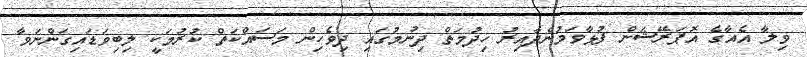
ވިލާ އެއާގެ އޮޕަރޭޝަން ފުޅާވަމުންދާއިރު ހިދުމަތް ދިނުމުގައި ދިވެހިން މަސައްކަތް ކުރުމަކީ ލިބިވަޑައިގަންނަވާ